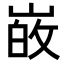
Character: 𭖸